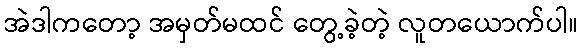
အဲဒါကတော့ အမှတ်မထင် တွေ့ခဲ့တဲ့ လူတယောက်ပါ။